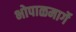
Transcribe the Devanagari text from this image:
भोपाळमार्गे